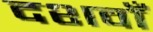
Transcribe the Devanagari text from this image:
दशवाँ